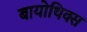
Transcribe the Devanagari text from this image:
बायोथिक्स